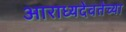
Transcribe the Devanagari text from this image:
आराध्यदेवतेच्या